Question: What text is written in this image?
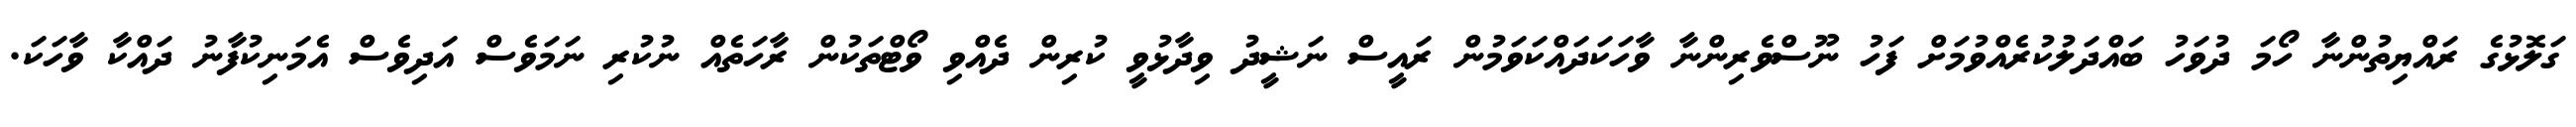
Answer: ގަލޮޅުގެ ރައްޔިތުންނާ ހޯމަ ދުވަހު ބައްދަލުކުރެއްވުމަށް ފަހު ނޫސްވެރިންނާ ވާހަކަދައްކަވަމުން ރައީސް ނަޝީދު ވިދާޅުވީ ކުރިން ދެއްވި ވޯޓްތަކުން ރާހަތެއް ނުކުރި ނަމަވެސް އަދިވެސް އެމަނިކުފާނު ދައްކާ ވާހަކަ.